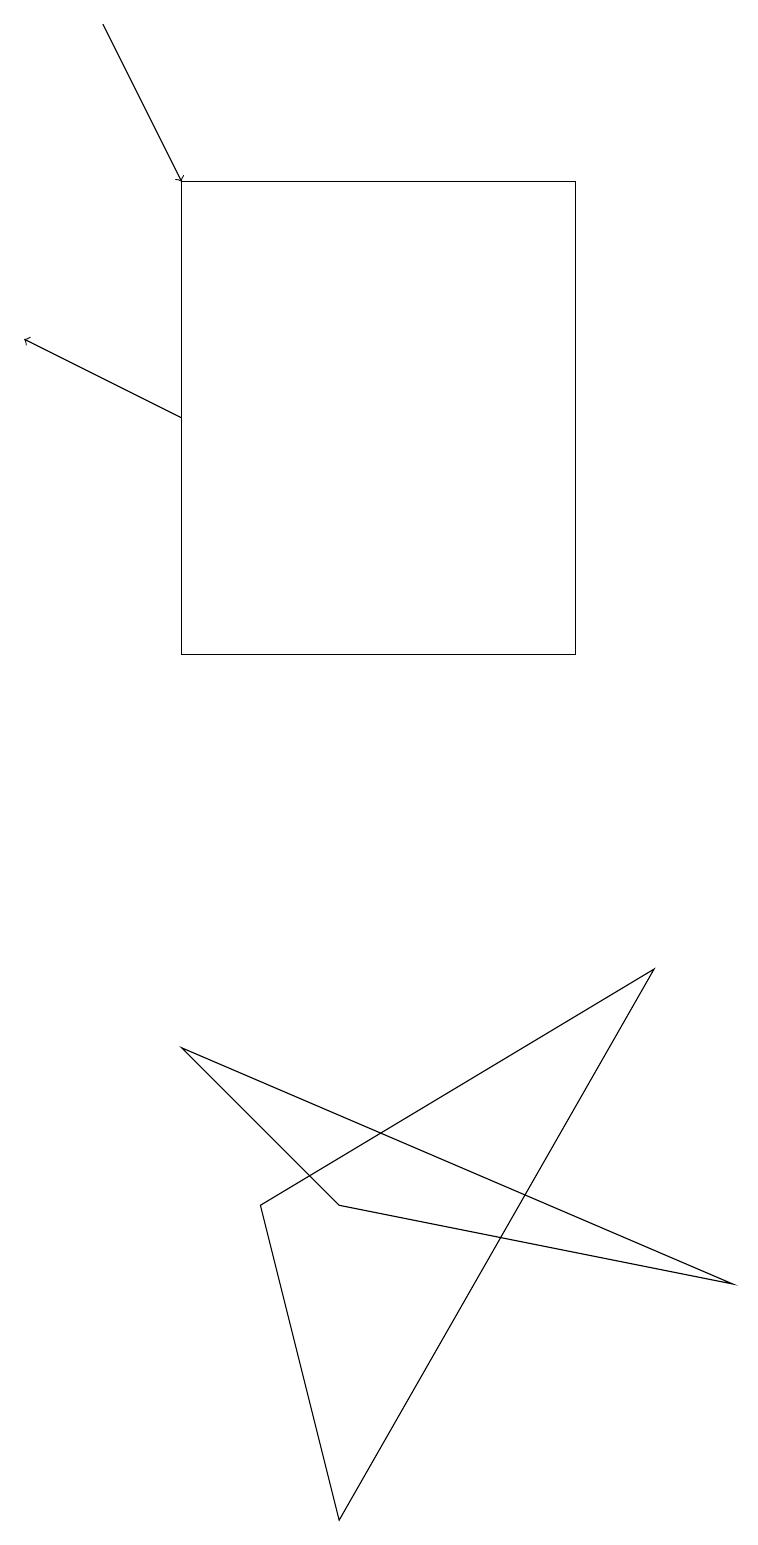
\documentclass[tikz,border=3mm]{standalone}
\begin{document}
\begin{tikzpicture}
\draw (2,6) -- (9,3) -- (4,4) -- cycle;
\draw (3,4) -- (8,7) -- (4,0) -- cycle;
\draw[->] (2,14) -- (0,15);
\draw[->] (1,19) -- (2,17);
\draw (2,17) rectangle (7,11);
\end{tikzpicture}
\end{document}